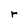
Character: r